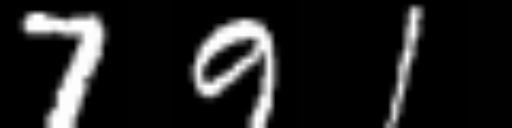
Text: 791